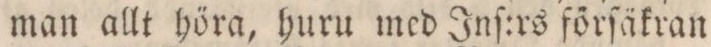
man allt höra, huru med Inſ:rs förſäkran